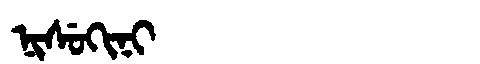
Manchu: ᠨᡳᠰᡠᡴᡳᠨᡳ
Romanization: NISUKINI